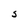
Character: S